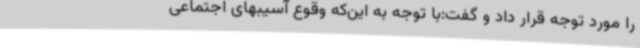
را مورد توجه قرار داد و گفت:با توجه به این‌که وقوع آسیبهای اجتماعی